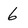
Character: 6